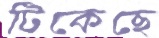
টিকেছে